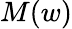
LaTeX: M(w)